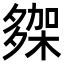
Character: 𭐾